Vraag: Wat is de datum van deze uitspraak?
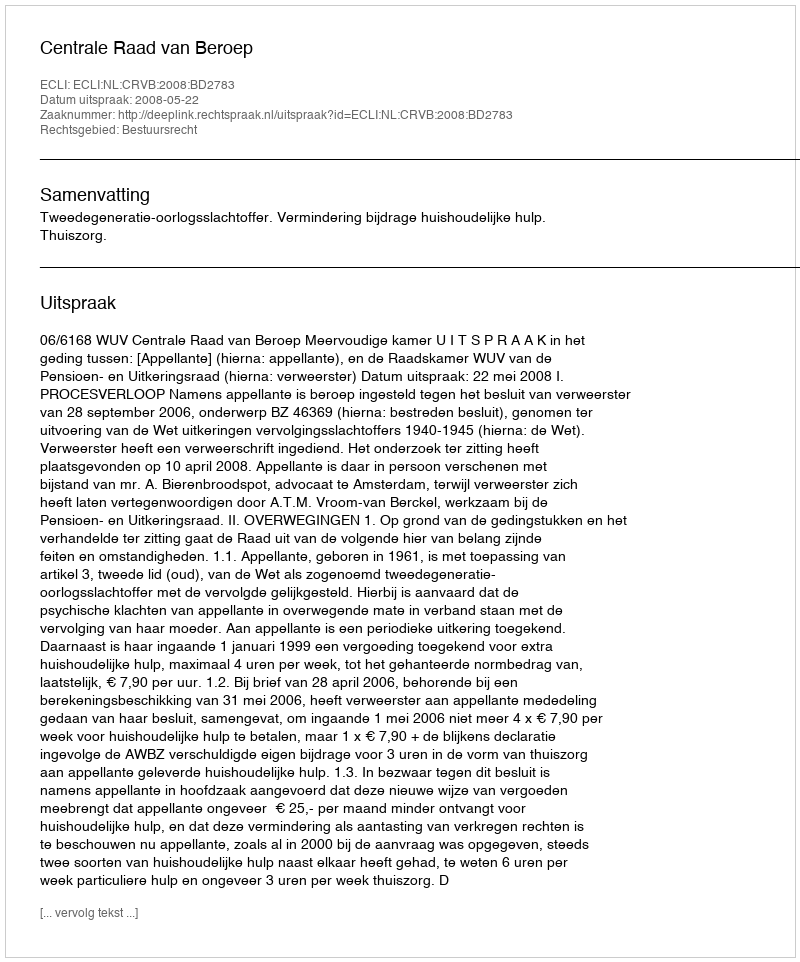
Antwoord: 2008-05-22